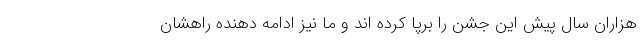
هزاران سال پیش این جشن را برپا کرده اند و ما نیز ادامه دهنده راهشان